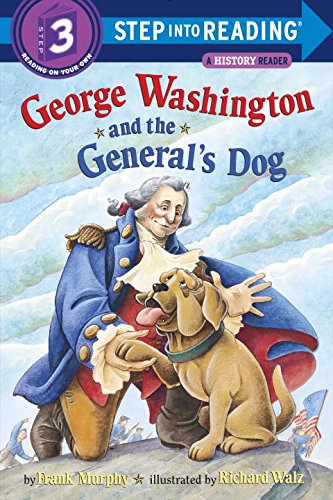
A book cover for George Washington and the General's Dog (Step-Into-Reading, Step 3); Frank Murphy; Children's Books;